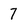
Character: 7